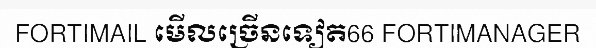
FORTIMAIL មើលច្រើនទៀត66 FORTIMANAGER